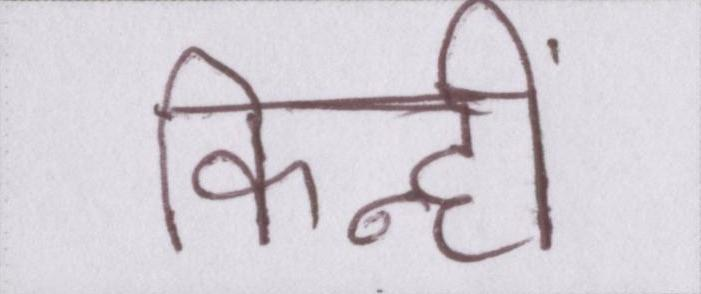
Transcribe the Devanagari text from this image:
किन्हीं